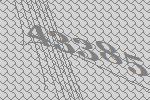
43385